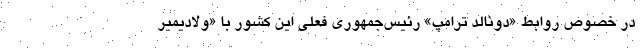
در خصوص روابط «دونالد ترامپ» رئیس‌جمهوری فعلی این کشور با «ولادیمیر